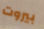
بيروت